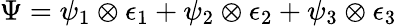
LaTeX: \Psi=\psi_{1}\otimes\epsilon_{1}+\psi_{2}\otimes\epsilon_{2}+\psi_{3}\otimes\epsilon_{3}